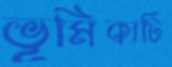
ভূমিকাটি